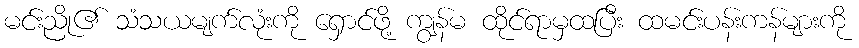
မင်းညို၏ သံသယမျက်လုံးကို ရှောင်ဖို့ ကျွန်မ ထိုင်ရာမှထပြီး ထမင်းပန်းကန်များကို